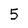
Character: 5